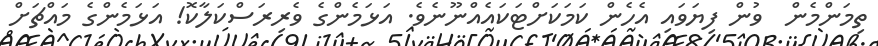
ތިމަންމެން  ވުން ފިޔަވައި އެހެން ކަމަކަށްޓަކައެއްނޫނެވެ. އަޅަމެންގެ ވެރިރަސްކަލާކޮ! އަޅަމެންގެ މައްޗަށް